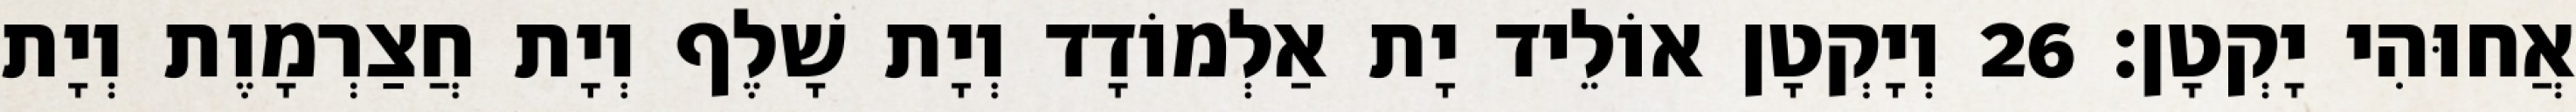
אֲחוּהִי יָקְטָן׃ 26 וְיָקְטָן אוֹלֵיד יָת אַלְמוֹדָד וְיָת שָׁלֶף וְיָת חֲצַרְמָוֶת וְיָת